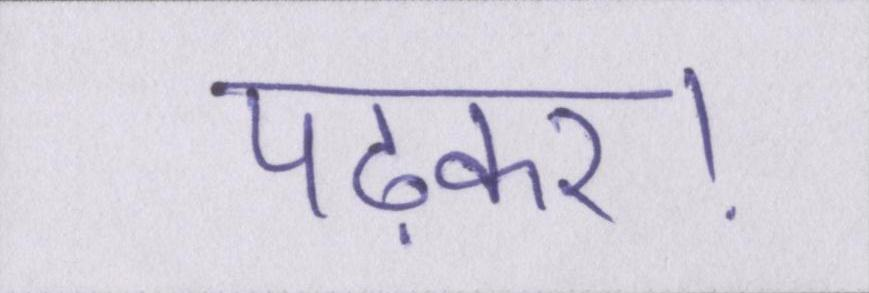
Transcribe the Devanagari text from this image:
पढ़कर।